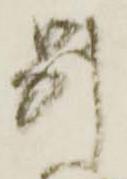
別